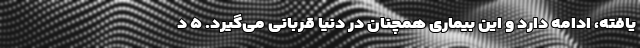
یافته، ادامه دارد و این بیماری همچنان در دنیا قربانی می‌گیرد. ۵ د